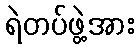
ရဲတပ်ဖွဲ့အား